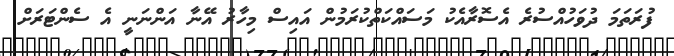
ފުރަތަމަ ދުވަހުއްސުރެ އެސޮރާއެކު މަސައްކަތްކުރަމުން އައިސް މިހާރު އޭނާ އަންނަނީ އެ ސެންޓަރަށް